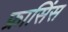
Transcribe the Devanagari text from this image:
फ्रासिंस